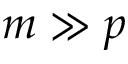
m \gg p